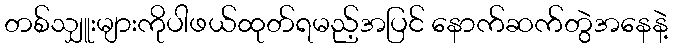
တစ်သျှူးများကိုပါဖယ်ထုတ်ရမည့်အပြင် နောက်ဆက်တွဲအနေနဲ့